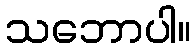
သဘောပါ။